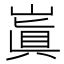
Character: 𡻗